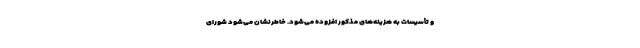
و تأسیسات به هزینه‌های مذکور افزوده می‌شود. خاطرنشان می‌شود شورای